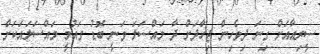
ސީރިއާއަށް ގިނަ ދިވެހިން ޖިހާދަށް ދާ މައްސަލަ ވަނީ ބޮޑު ގައުމީ މައްސަލައަކަށް